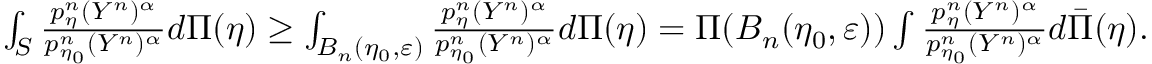
\begin{array} { r } { \int _ { S } \frac { p _ { \eta } ^ { n } ( Y ^ { n } ) ^ { \alpha } } { p _ { \eta _ { 0 } } ^ { n } ( Y ^ { n } ) ^ { \alpha } } d \Pi ( \eta ) \geq \int _ { B _ { n } ( \eta _ { 0 } , \varepsilon ) } \frac { p _ { \eta } ^ { n } ( Y ^ { n } ) ^ { \alpha } } { p _ { \eta _ { 0 } } ^ { n } ( Y ^ { n } ) ^ { \alpha } } d \Pi ( \eta ) = \Pi ( B _ { n } ( \eta _ { 0 } , \varepsilon ) ) \int \frac { p _ { \eta } ^ { n } ( Y ^ { n } ) ^ { \alpha } } { p _ { \eta _ { 0 } } ^ { n } ( Y ^ { n } ) ^ { \alpha } } d \bar { \Pi } ( \eta ) . } \end{array}